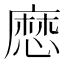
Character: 㦄